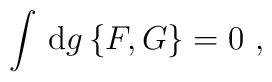
\int\, {\rm d}g \,\{F,G\}=0~,